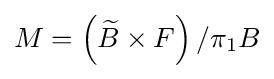
M=\left({\widetilde {B}}\times F\right)/\pi _{1}B